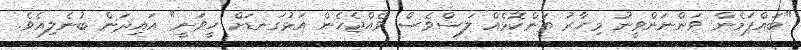
"ބައްޕަމެން ވަންނަންވީނު މިހާރު ތަންކޮޅެއް ލަސްވެސް ވެއްޖެހެން އަޅުގަނޑަށް ހީވަނީ" އައިދަން ބުނެލިއެވެ.